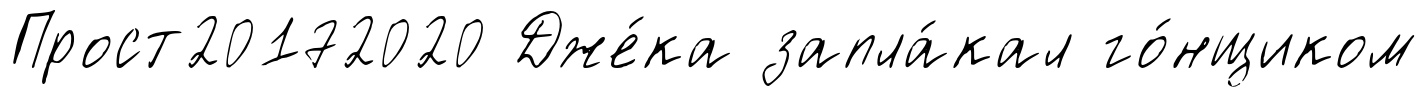
Прост20172020 Дже́ка запла́кал го́нщиком